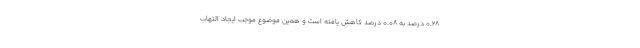
۰.۲۸ درصد به ۰.۰۸ درصد کاهش یافته است و همین موضوع موجب ایجاد التهاب